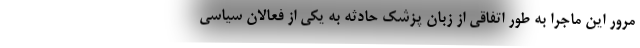
مرور این ماجرا به طور اتفاقی از زبان پزشک حادثه به یکی از فعالان سیاسی